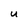
Character: U